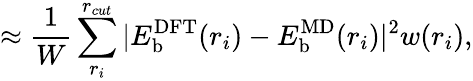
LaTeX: \approx\frac{1}{W}\sum_{r_{i}}^{r_{cut}}|E_{\mathrm{b}}^{\mathrm{DFT}}(r_{i})-E_{\mathrm{b}}^{\mathrm{MD}}(r_{i})|^{2}w(r_{i}),